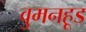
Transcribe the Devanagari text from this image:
वुमनहूड